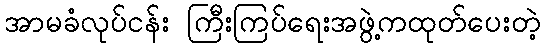
အာမခံလုပ်ငန်း ကြီးကြပ်ရေးအဖွဲ့ကထုတ်ပေးတဲ့